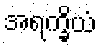
အရက္ခိယံ